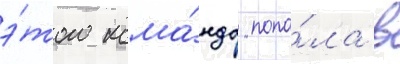
э́того кома́нда попа́ла в